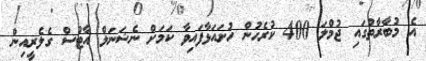
އެ މުބާރާތުގައި ޖުމްލަ 400 ކުރެހުން ހުށައަޅާފައިވާ ކަމަށް ނެޝަނަލް އާޓްސް ގެލެރީއިން